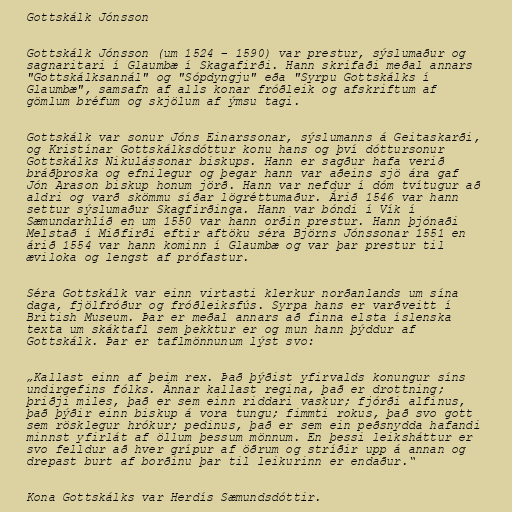
Gottskálk Jónsson

Gottskálk Jónsson (um 1524 – 1590) var prestur, sýslumaður og
sagnaritari í Glaumbæ í Skagafirði. Hann skrifaði meðal annars
"Gottskálksannál" og "Sópdyngju" eða "Syrpu Gottskálks í
Glaumbæ", samsafn af alls konar fróðleik og afskriftum af
gömlum bréfum og skjölum af ýmsu tagi.

Gottskálk var sonur Jóns Einarssonar, sýslumanns á Geitaskarði,
og Kristínar Gottskálksdóttur konu hans og því dóttursonur
Gottskálks Nikulássonar biskups. Hann er sagður hafa verið
bráðþroska og efnilegur og þegar hann var aðeins sjö ára gaf
Jón Arason biskup honum jörð. Hann var nefdur í dóm tvítugur að
aldri og varð skömmu síðar lögréttumaður. Árið 1546 var hann
settur sýslumaður Skagfirðinga. Hann var bóndi í Vík í
Sæmundarhlíð en um 1550 var hann orðin prestur. Hann þjónaði
Melstað í Miðfirði eftir aftöku séra Björns Jónssonar 1551 en
árið 1554 var hann kominn í Glaumbæ og var þar prestur til
æviloka og lengst af prófastur.

Séra Gottskálk var einn virtasti klerkur norðanlands um sína
daga, fjölfróður og fróðleiksfús. Syrpa hans er varðveitt í
British Museum. Þar er meðal annars að finna elsta íslenska
texta um skáktafl sem þekktur er og mun hann þýddur af
Gottskálk. Þar er taflmönnunum lýst svo:

„Kallast einn af þeim rex. Það þýðist yfirvalds konungur síns
undirgefins fólks. Ánnar kallast regina, það er drottning;
þriðji miles, það er sem einn riddari vaskur; fjórði alfinus,
það þýðir einn biskup á vora tungu; fimmti rokus, það svo gott
sem rösklegur hrókur; pedinus, það er sem ein peðsnydda hafandi
minnst yfirlát af öllum þessum mönnum. En þessi leiksháttur er
svo felldur að hver grípur af öðrum og stríðir upp á annan og
drepast burt af borðinu þar til leikurinn er endaður.“

Kona Gottskálks var Herdís Sæmundsdóttir.